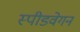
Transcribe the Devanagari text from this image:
स्पीडवेगन